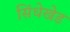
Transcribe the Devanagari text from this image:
सिंधेखेड